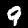
Label: 9